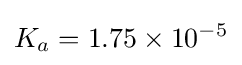
K_{a}=1.75\times 10^{-5}